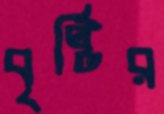
বৃষ্টির